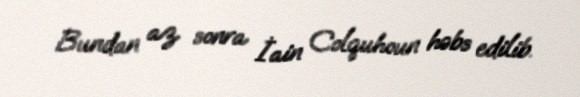
Bundan az sonra İain Colquhoun həbs edilib.